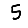
Digit: 5